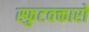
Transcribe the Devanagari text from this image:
स्फुटवक्तारो